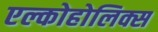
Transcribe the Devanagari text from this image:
एल्कोहोलिक्स